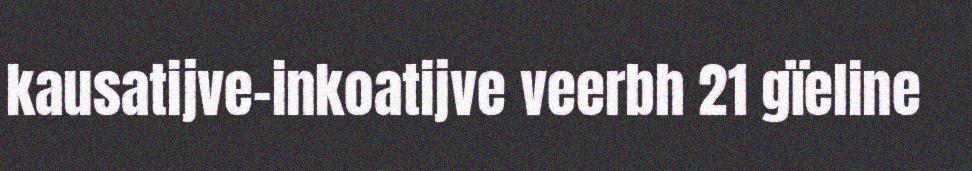
kausatijve-inkoatijve veerbh 21 gïeline